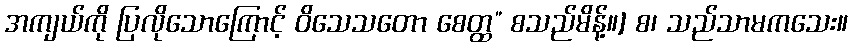
အကျယ်ကို ပြလိုသောကြောင့် ဝိသေသတော စေတ္ထ” စသည်မိန့်။] စ၊ သည်သာမကသေး။